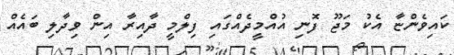
ކައިވެންޏާ އެކު މަޖޫ ފޮނި އުއްމީދެއްގައި ފިލްމީ ދާއިރާ އިން ވިދާލި ބައެއް